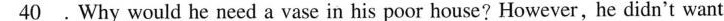
\underline{40} .Why would he need a vase in his poor house? However,he didn't want